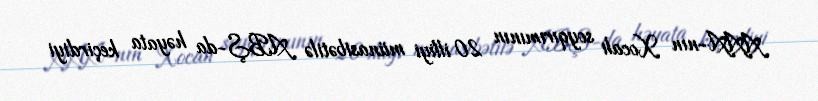
AAA-nın Xocalı soyqırımının 20 illiyi münasibətilə ABŞ-da həyata keçirdiyi